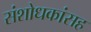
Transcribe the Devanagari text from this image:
संशोधकांसह